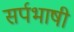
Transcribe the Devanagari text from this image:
सर्पभाषी